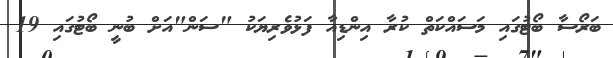
ބަރޯސާ ބޯޓުގައި މަސައްކަތް ކުރާ އިންޑިއާ ފަޅުވެރިޔަކު "ސަން"އަށް ބުނީ ބޯޓުގައި 19